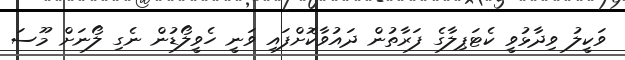
ވަކީލު ވިދާޅުވީ ކެޓަޕިލާގެ ފަރާތުން ދައުވާކޮށްފައި ވަނީ ހެވީލޯޑުން ނެގި ލޯނަށް މޫސަ